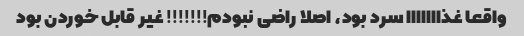
واقعا غذااااااا سرد بود، اصلا راضی نبودم!!!!!!! غیر قابل خوردن بود